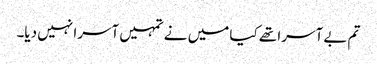
تم بے آسرا تھے کیا میں نے تمہیں آسرا نہیں دیا۔